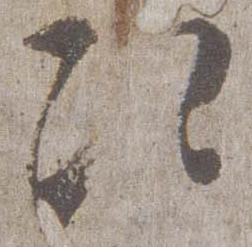
次